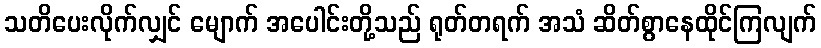
သတိပေးလိုက်လျှင် မျောက် အပေါင်းတို့သည် ရုတ်တရက် အသံ ဆိတ်စွာနေထိုင်ကြလျက်